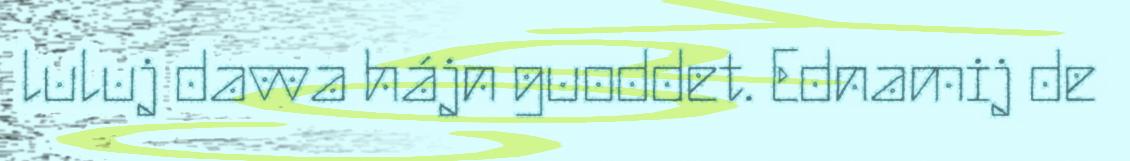
luluj davva hájn guoddet. Ednamij de